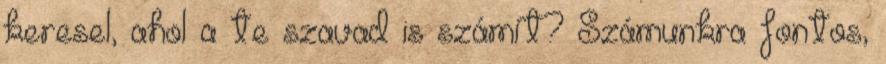
keresel, ahol a te szavad is számít? Számunkra fontos,